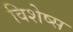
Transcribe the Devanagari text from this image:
विशेष्स